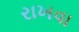
રાખવા